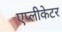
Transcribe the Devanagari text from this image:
एप्लीकेटर